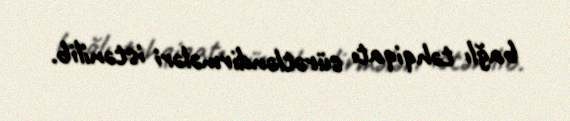
bağlı təhqiqatı sürətləndirmələri istənilib.